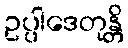
ဥပ္ပါဒေတုန္တိ